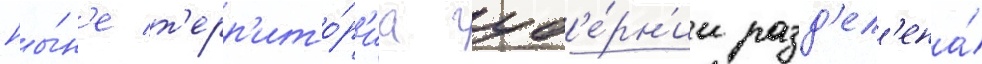
Ны́н'е т'ерр'ито́р'иа губ'е́рн'ии разд'ел'ена́